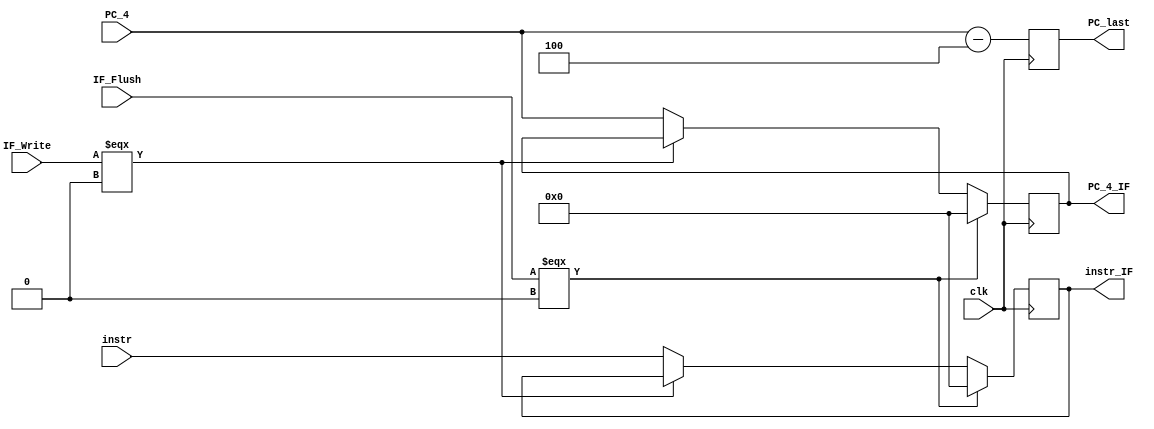
module IF_ID_flipflop(input [31:0]PC_4,input [31:0]instr,input clk,IF_Write,IF_Flush,output reg[31:0]instr_IF,PC_4_IF,PC_last);
always@(posedge clk)begin
   PC_last=PC_4-4;
   if(IF_Flush===0)begin
      instr_IF=0;
		PC_4_IF=0;
   end
	else if(!(IF_Write===0))begin
		instr_IF=instr;
		PC_4_IF=PC_4;
	end
end
endmodule